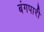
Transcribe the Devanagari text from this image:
बंगपारी